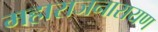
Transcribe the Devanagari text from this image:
महाराजनारायण